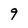
Character: 9